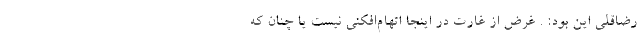
رضاقلی این بود: . غرض از غارت در اینجا اتهام‌افکنی نیست یا چنان که